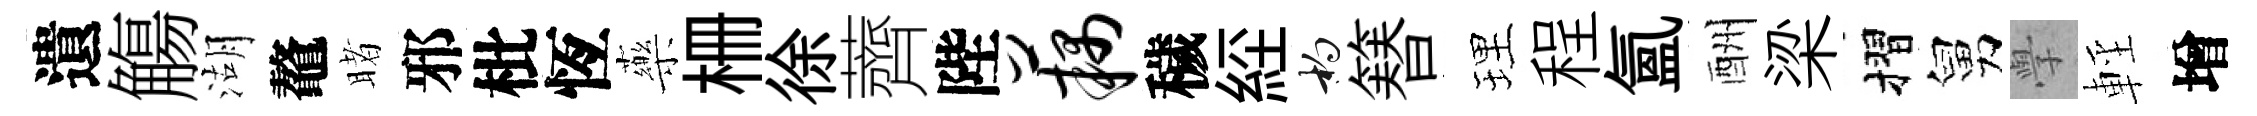
遺觴湖鼇睹邪枇恆藥栅徐薺陛藕穢𦀇杓簮理程氲酬梁摺舅𭓕輕增